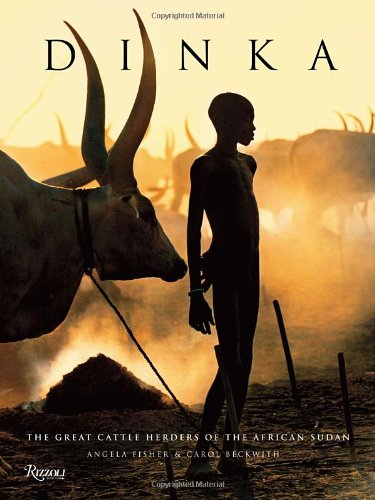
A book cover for Dinka: Legendary Cattle Keepers of Sudan; Angela Fisher; Travel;